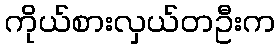
ကိုယ်စားလှယ်တဦးက